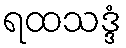
ရထသဒ္ဒံ